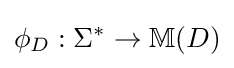
\phi _{D}:\Sigma ^{*}\to \mathbb {M} (D)